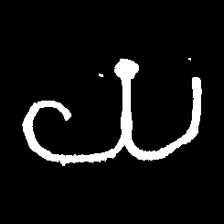
Pyu character \u2014 Myanmar letter: ယ (romanized: ya)